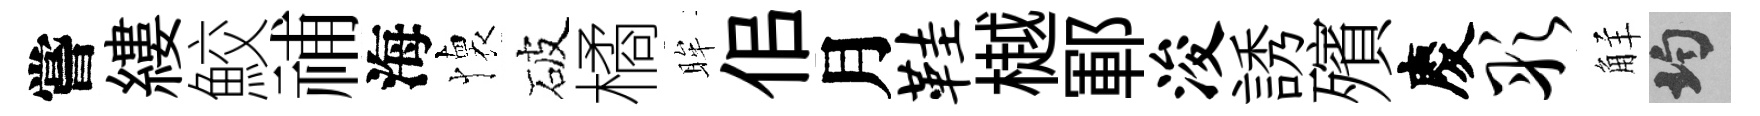
嘗縷鮫𥙷海懐破橘眸佀月鞋樾鄆浚誘殯慶彤觧均